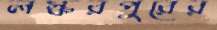
লস্করপুরের